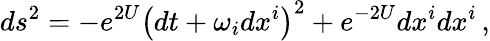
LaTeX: ds^{2}=-e^{2U}\left(dt+\omega_{i}dx^{i}\right)^{2}+e^{-2U}dx^{i}dx^{i}\, ,